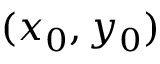
( x _ { 0 } , y _ { 0 } )